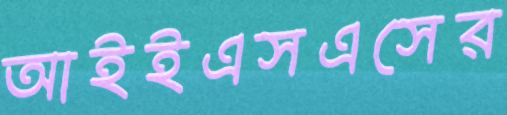
আইইএসএসের